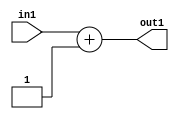
`timescale 1ps / 1ps
/*****************************************************************************
    Verilog RTL Description
    
    
    Created by: Stratus DpOpt 2019.1.01 
*******************************************************************************/

module GauFilter_Add2i1u2_4 (
	in1,
	out1
	); /* architecture "behavioural" */ 
input [1:0] in1;
output [1:0] out1;
wire [1:0] asc001;

assign asc001 = 
	+(in1)
	+(2'B01);

assign out1 = asc001;
endmodule

/* CADENCE  urbxTwk= : u9/ySgnWtBlWxVPRXgAZ4Og= ** DO NOT EDIT THIS LINE ******/